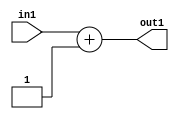
`timescale 1ps / 1ps
/*****************************************************************************
    Verilog RTL Description
    
    
    Created by: Stratus DpOpt 2019.1.01 
*******************************************************************************/

module GauFilter_Add2i1u2_4 (
	in1,
	out1
	); /* architecture "behavioural" */ 
input [1:0] in1;
output [1:0] out1;
wire [1:0] asc001;

assign asc001 = 
	+(in1)
	+(2'B01);

assign out1 = asc001;
endmodule

/* CADENCE  urbxTwk= : u9/ySgnWtBlWxVPRXgAZ4Og= ** DO NOT EDIT THIS LINE ******/